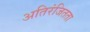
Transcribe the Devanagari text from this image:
अतिरंजितता